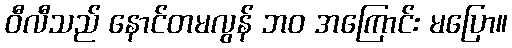
ဝီလီသည် နောင်တမလွန် ဘဝ အကြောင်း မပြော။